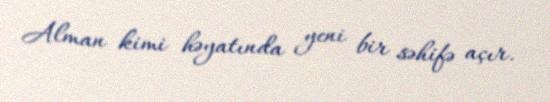
Alman kimi həyatında yeni bir səhifə açır.